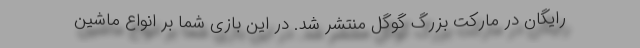
رایگان در مارکت بزرگ گوگل منتشر شد. در این بازی شما بر انواع ماشین